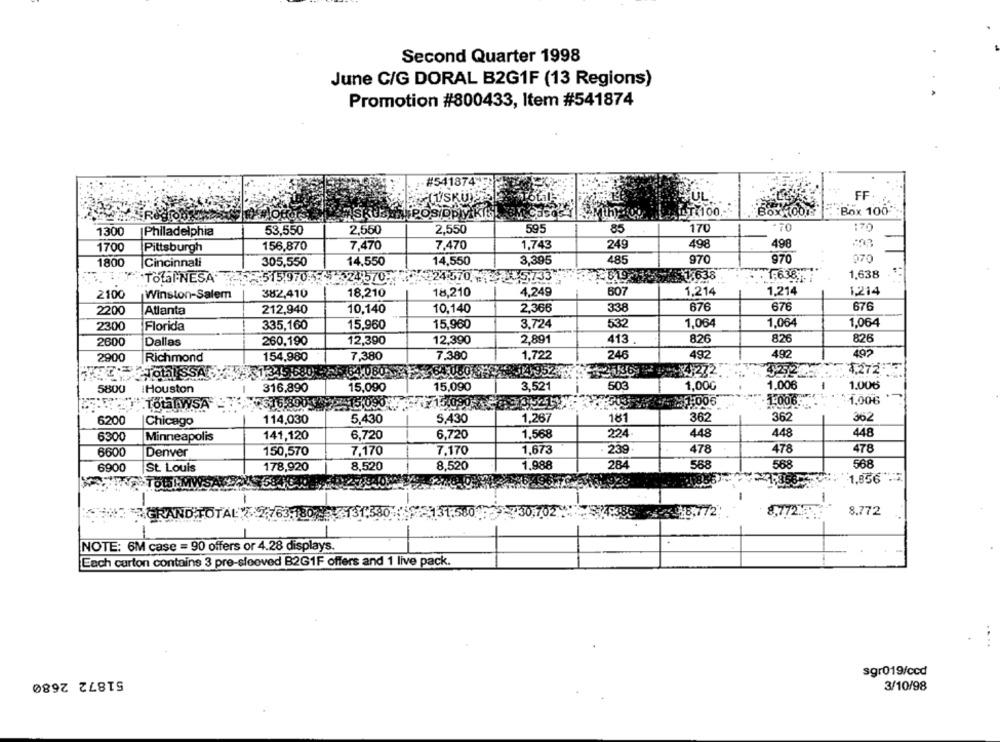
Second Quarter 1998
June C/G DORAL B2G1F (13 Regions)
Promotion #800433, Item #541874
-#541874
(ÜSKÜ)
FUL
FF
ALLT(100.
Box (001
Box 100
1300
53,550
2,550
2.550
595
85
170
-70
:70
Philadelphia
1,743
249
498
498
1700
Pittsburgh
156,870
7,470
7,470
14,550
3,395
485
970
970
070
1800
Cincinnati
305,550
14,550
1.638
Total NESA
:515,9705-324-5707
24:570 -7 05,733
1.638
1,638
2100
Winston-Salem
382,410
18,210
18,210
4,249
607
1,214
1.214
1,214
2200
Atlanta
212,940
10,140
10,140
2,366
338
676
676
676
2300
Florida
335,160
15,960
15,960
3.724
532
1,064
1,064
1,064
2600
260,190
12,390
12,390
2,891
413
826
826
826
Dallas
Richmond
154,980
7,380
7.380
1,722
246
492
492
492
2900
14952
3036
"3272
4,272
5454,080>1
503
1,006
1.00€
5800
IHouston
316,890
15,090
15,090
3,521
1,00G
- 1,006.
1.00€
.Total.WSA
316.89
15,090
.1,00€
6200
Chicago
114,030
5,430
5.430
1,267
181
362
362
362
6300
Minneapolis
141,120
6,720
6,720
1,568
224
448
448
448
6600
Denver
150,570
7,170
7,170
1,673
239
478
478
478
6900
St. Louis
178,920
8,520
8,520
1,988
284
568
568
568
TOtakMY
$3403
1,856-4
1,856 .
8,77237:
8.772
OTAL 72763.
1.58
30,702*
-
NOTE: 6M case = 90 offers or 4.28 displays.
Each curton contains 3 pre-sleeved B2G1F offers and 1 live pack.
51872 2680
sgr019/ccd
3/10/98